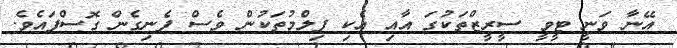
އޭނާ ވަނީ ޓީވީ ސީރީޒްތަކުގަ އާއި އެކި ފިލްމުތަކުން ވެސް ފެނިގެން ގޮސްފައެވެ.